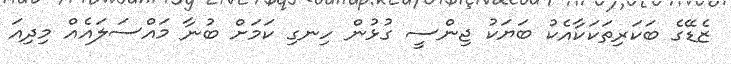
ޒެޑޭގެ ބަކަރިތަކަކާއެކު ބަޔަކު ޖިންސީ ގުޅުން ހިނގި ކަމަށް ބުނާ މައްސަލައެއް މިދިއަ